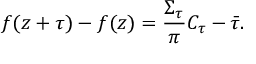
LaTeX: f ( z + \tau ) - f ( z ) = \frac { \Sigma _ { \tau } } { \pi } C _ { \tau } - \bar { \tau } .